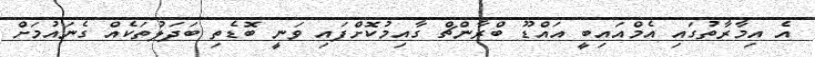
އެ އިމާރާތުގައި އެމްއައިބީ އައްޑޫ ބްރާންޗް ގާއިމުކޮށްފައި ވަނީ ބޮޑެތި ބަދަލުތަކެއް ގެނައުމަށް